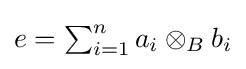
{\textstyle e=\sum _{i=1}^{n}a_{i}\otimes _{B}b_{i}}